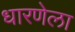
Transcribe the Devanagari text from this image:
धारणेला